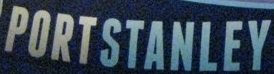
PORTSTANLEY